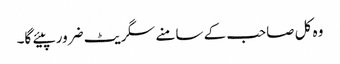
وہ کل صاحب کے سامنے سگریٹ ضرور پیئے گا۔